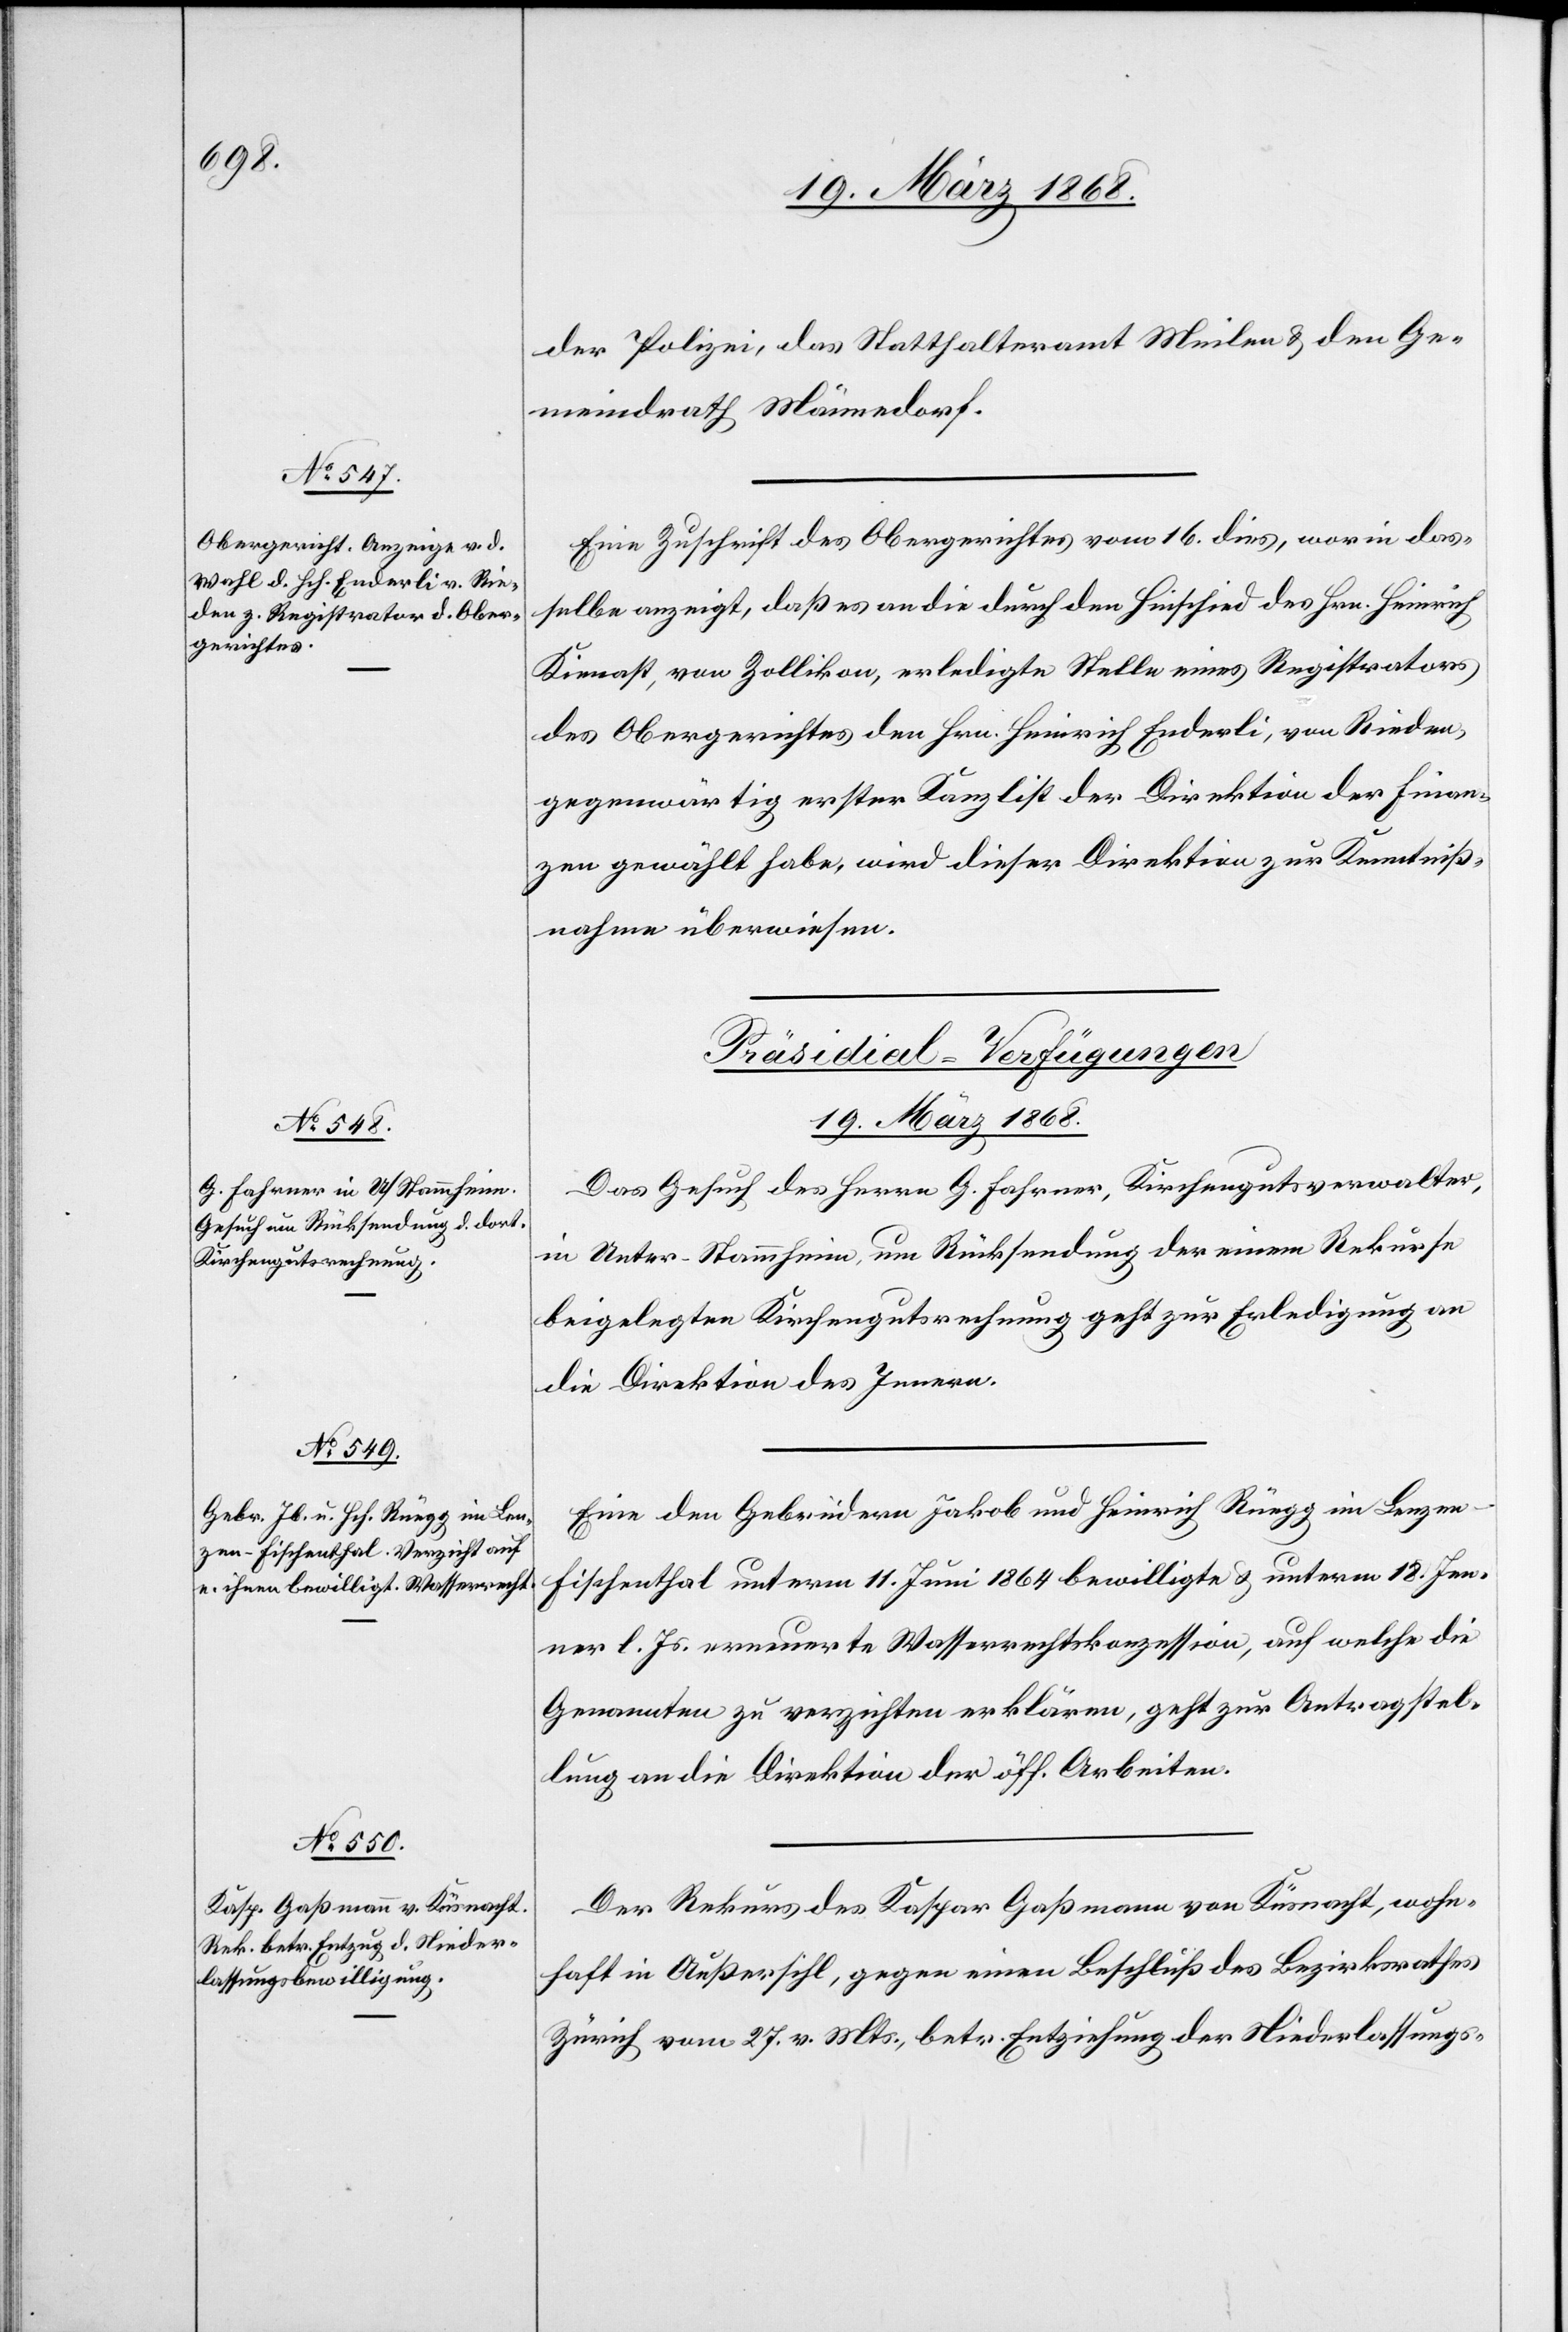
der Polizei, das Statthalteramt Meilen & den Ge¬
meindrath Männedorf.
Eine Zuschrift des Obergerichtes vom 16. dies, worin das¬
selbe anzeigt, daß es an die durch den Hinschied des Hrn. Heinrich
Kienast, von Zollikon, erledigte Stelle eines Registrators
des Obergerichtes den Hrn. Heinrich Enderli, von Rieden,
gegenwärtig erster Kanzlist der Direktion der Finan¬
zen gewählt habe, wird dieser Direktion zur Kenntniß¬
nahme überwiesen.
[Präsidial-Verfügungen
19. März 1868.]
Das Gesuch des Herrn G. Fahrner, Kirchengutsverwalter,
in Unter-Stammheim, um Rücksendung der einem Rekurse
beigelegten Kirchengutsrechnung geht zur Erledigung an
die Direktion des Innern.
Eine den Gebrüdern Jakob und Heinrich Rüegg im Lenze¬
n-Fischenthal unterm 11. Juni 1864 bewilligte & unterm 18. Jen¬
ner l. Js. erneuerte Wasserrechtskonzession, auf welche die
Genannten zu verzichten erklären, geht zur Antragstel¬
lung an die Direktion der öff. Arbeiten.
Der Rekurs des Kaspar Gaßmann von Küsnacht, wohn¬
haft in Außersihl, gegen einen Beschluß des Bezirksrathes
Zürich vom 27. v. Mts., betr. Entziehung der Niederlassungs-